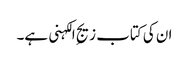
ان کی کتاب زیجِ الکہنی ہے۔